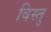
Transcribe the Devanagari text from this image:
विस्तु